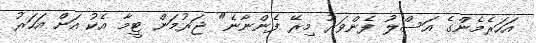
އަހަރެމެންގެ އަސްލު ފެންވަރު މިރޭ ފެންނާނެ" ޖަރުމަން ޓީމާ އެކު އަށް އަހަރު